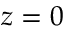
z = 0